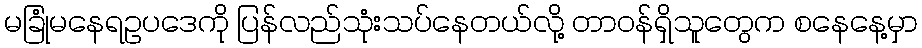
မခြုံမနေရဥပဒေကို ပြန်လည်သုံးသပ်နေတယ်လို့ တာဝန်ရှိသူတွေက စနေနေ့မှာ